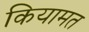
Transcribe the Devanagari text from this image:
कियामत